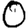
Digit: 0